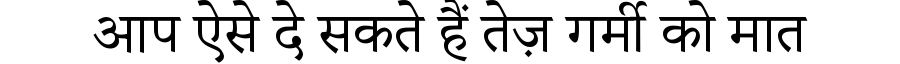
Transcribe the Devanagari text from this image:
आप ऐसे दे सकते हैं तेज़ गर्मी को मात